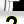
Digit: 2